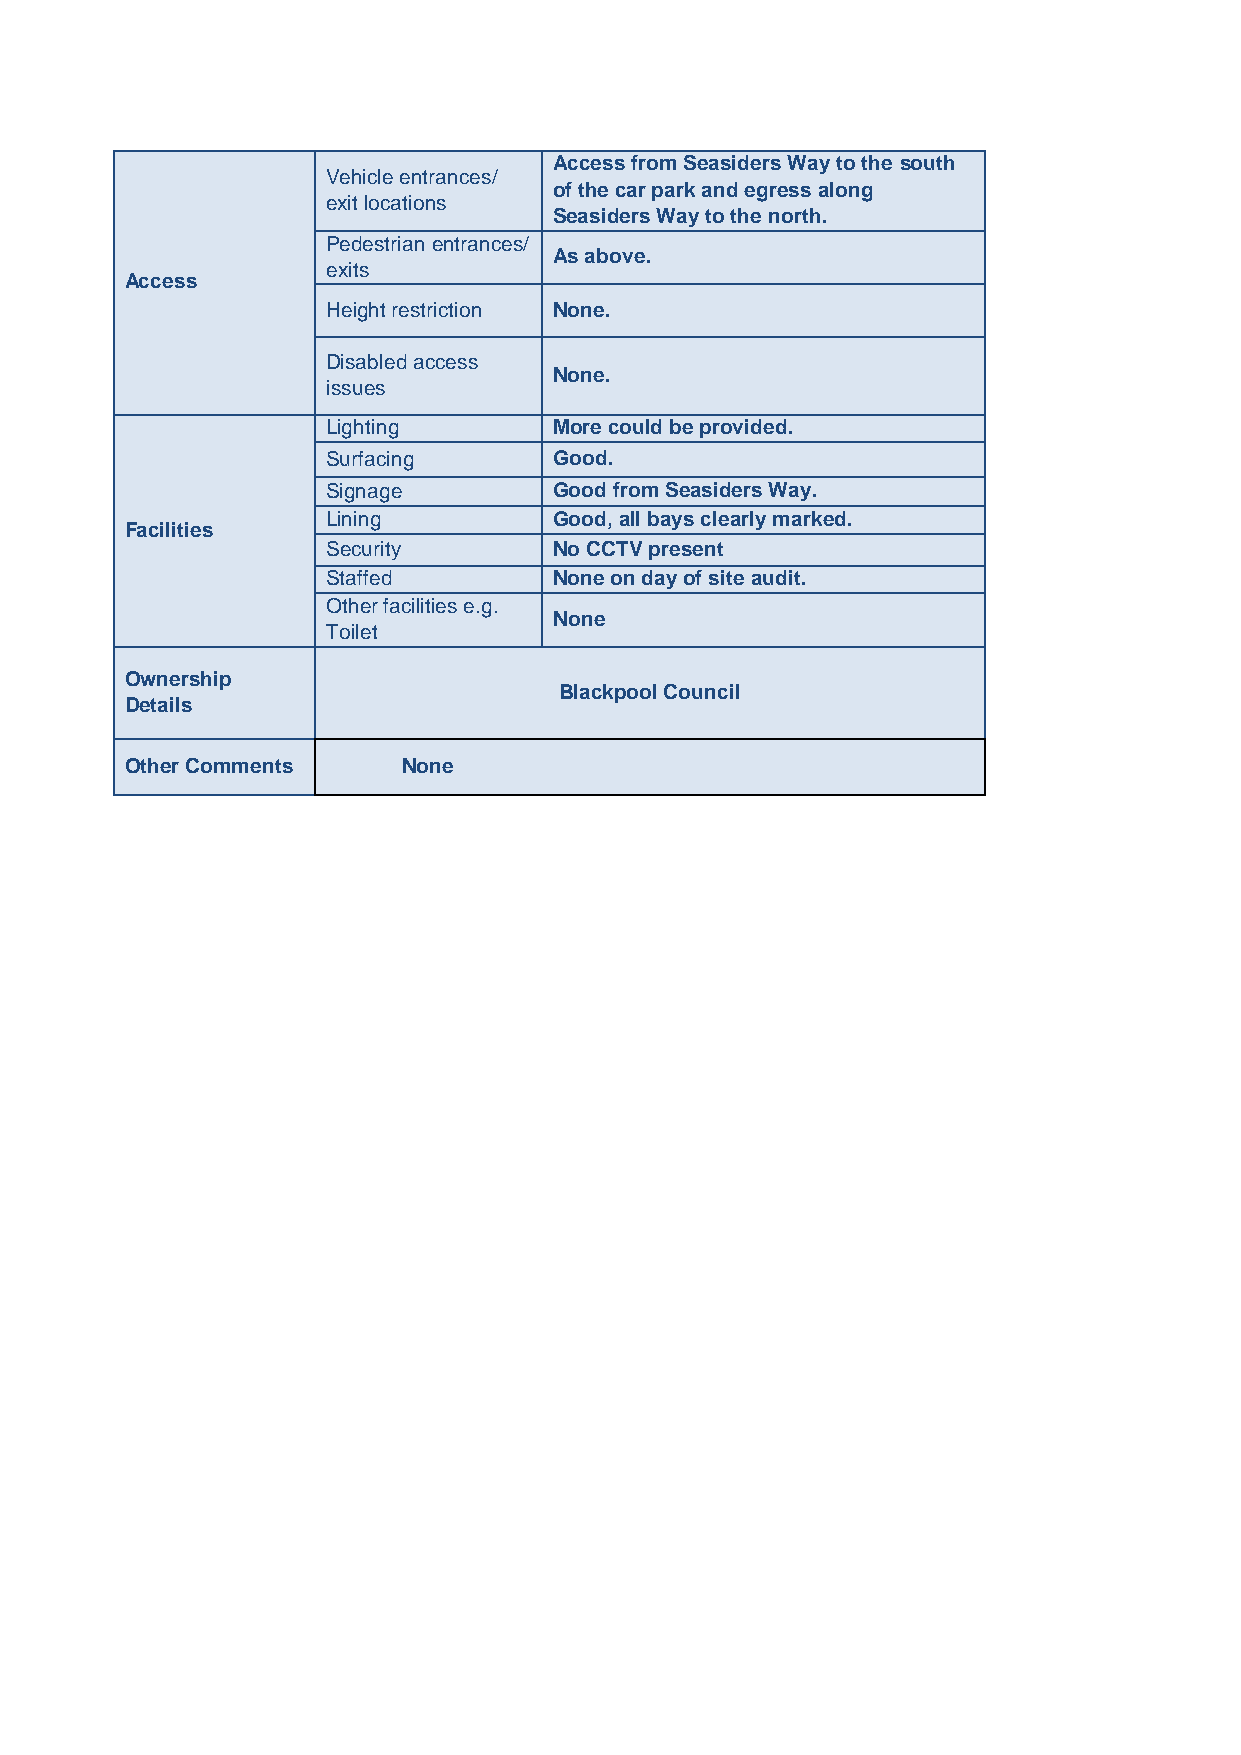
Access from Seasiders Way to the south
 Vehicle entrances/
 of the car park and egress along
 exit locations
 Seasiders Way to the north.
 Pedestrian entrances/
 As above.
 exits
 Access
 Height restriction None.
 Disabled access
 None.
 issues
 Lighting       More could be provided.
 Surfacing      Good.
 Signage        Good from Seasiders Way.
 Lining         Good, all bays clearly marked.
 Facilities
 Security       No CCTV present
 Staffed        None on day of site audit.
 Other facilities e.g.
 None
 Toilet
 Ownership
 Blackpool Council
 Details
 Other Comments     None